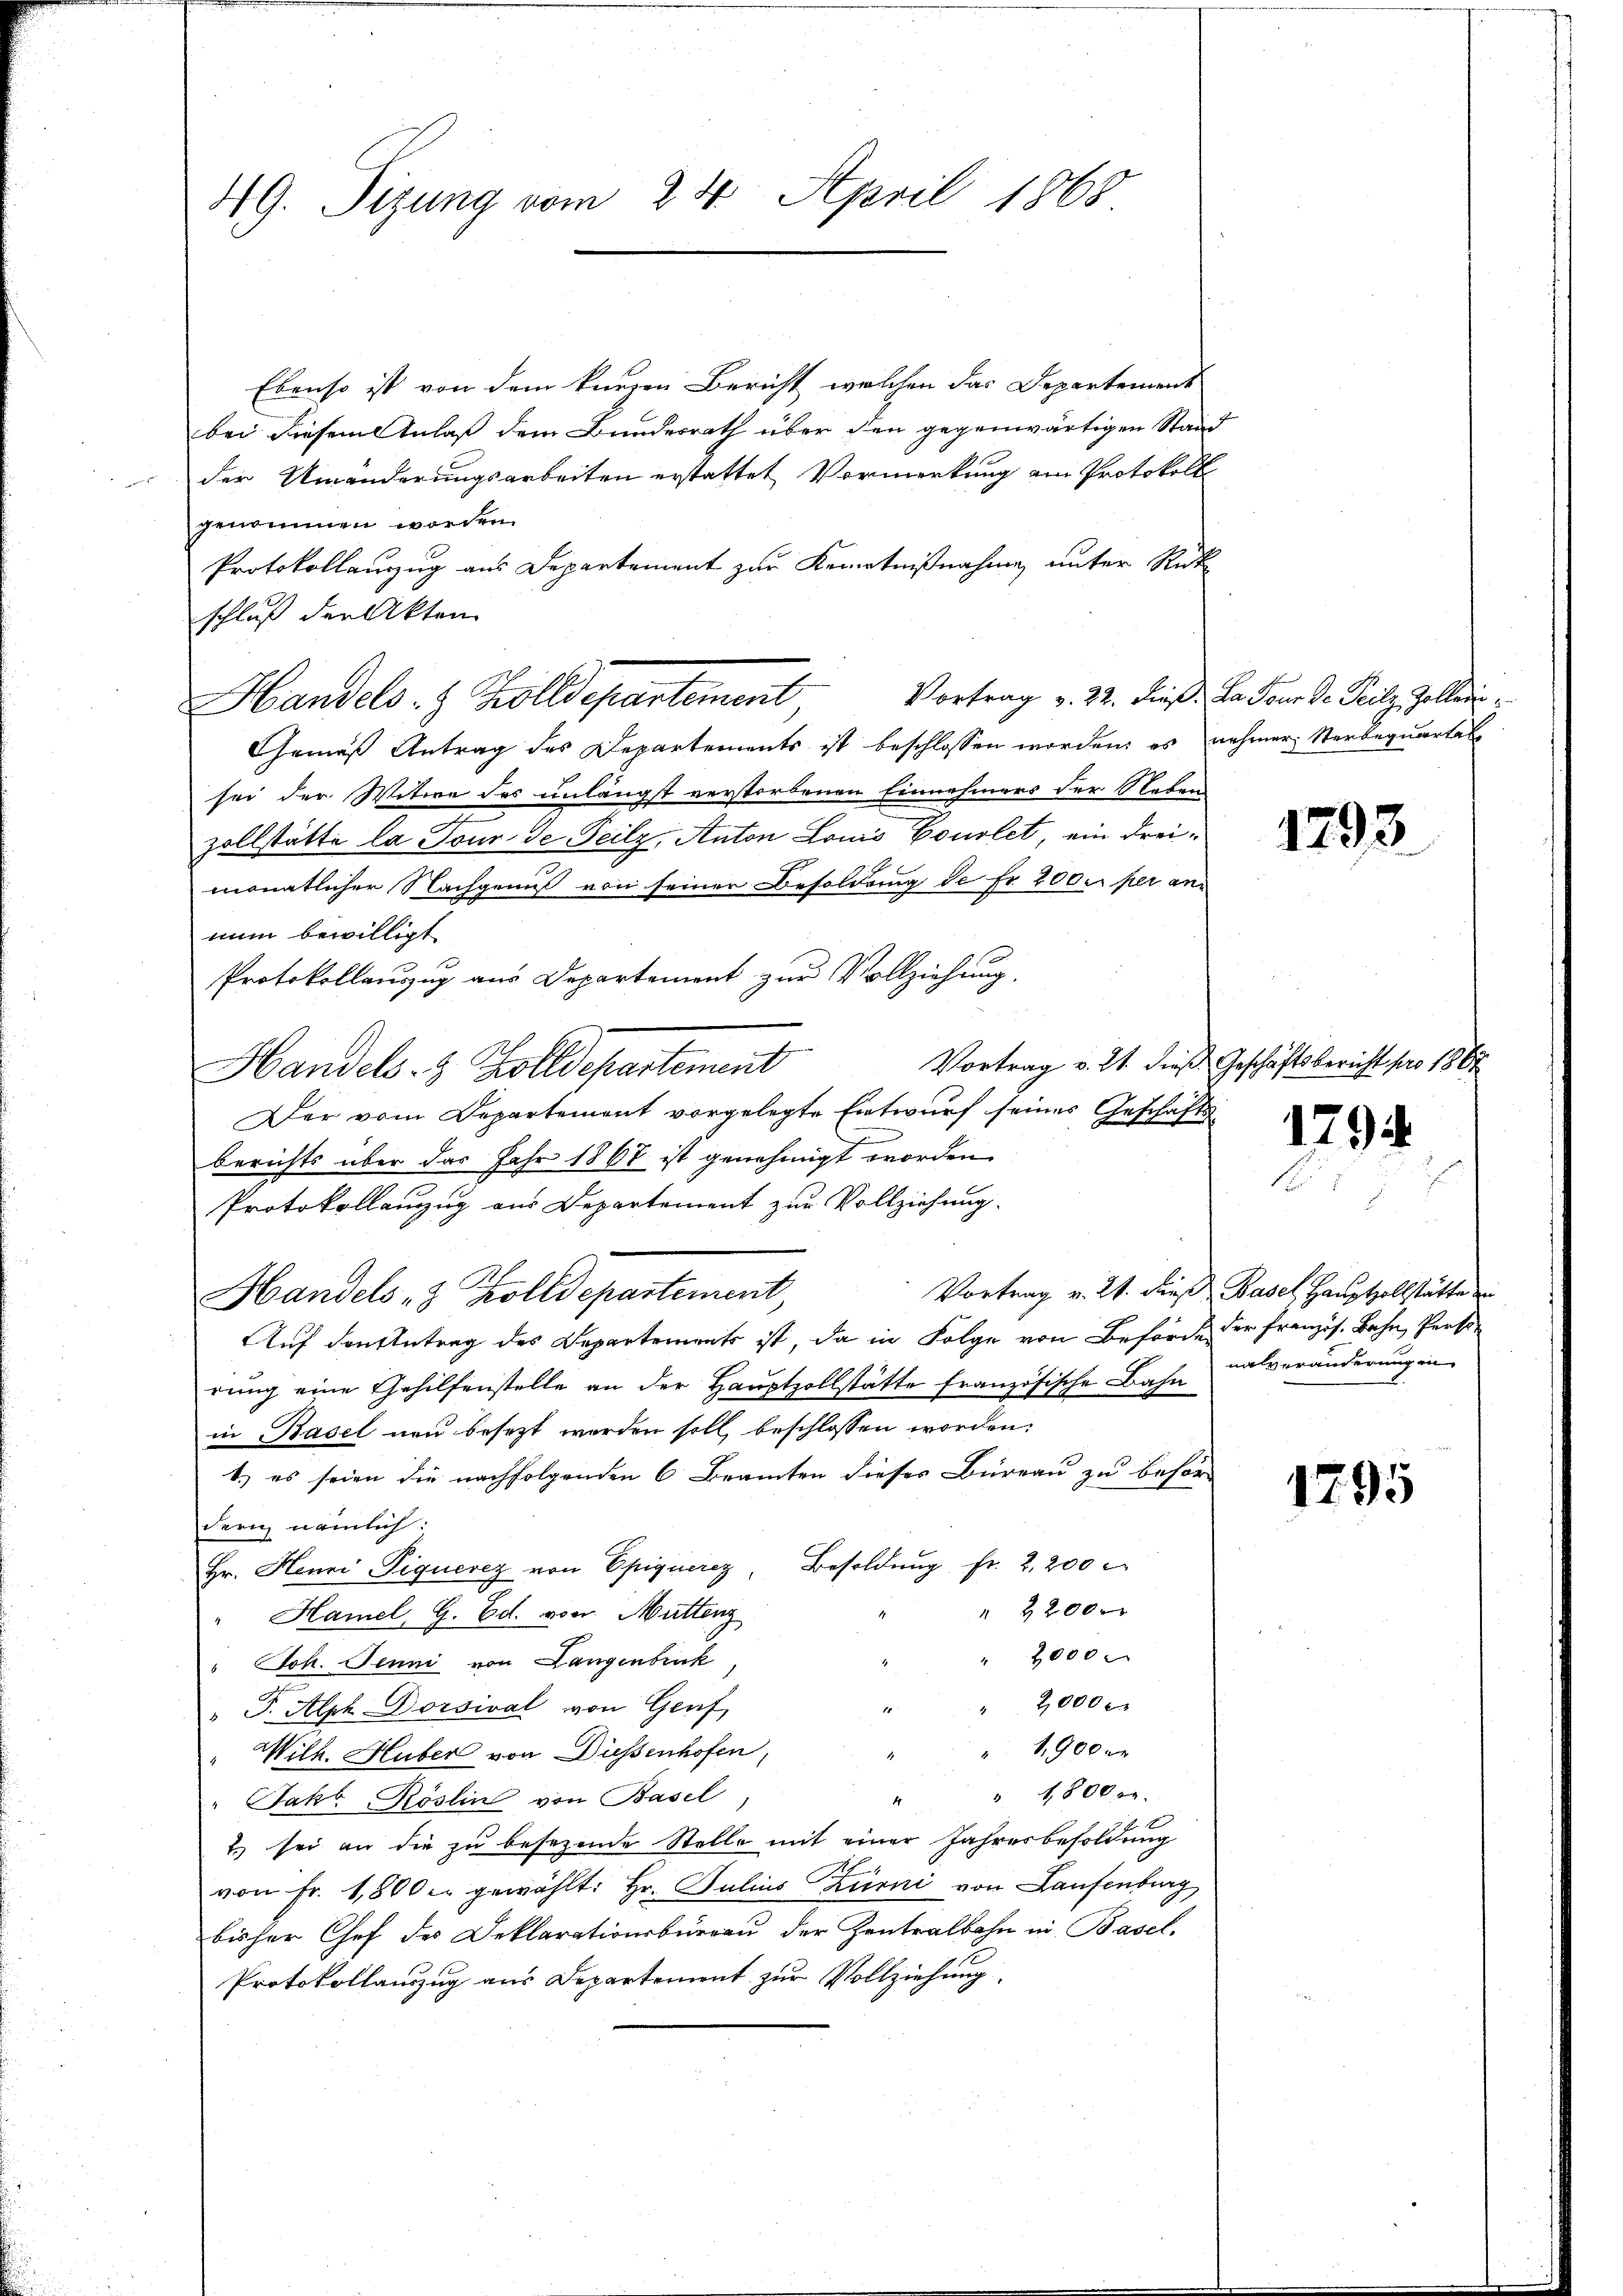
49. Sizung vom 24. April 1868

Ebenso ist von dem kurzen Bericht, welchen das Departement
bei diesem Anlaß dem Bundesrath über den gegenwärtigen Stand
der Umänderungsarbeiten erstattet Vormerkung am Protokoll
genommen worden.
Protokollauszug aus Departement zur Kenntnißnahme unter Rück
schluß der Akten
Handels- & Zolldepartement
Gemäß Antrag des Departements ist beschlossen worden; es nehmer Sterbequartal
sei der Witwe des unlängst verstorbenen Einnehmens der Neben
zollstätte la Tour de Teilz, Anton Louis Couslet, ein dreimonatlicher Nachgenuß von seiner Besoldung de fr 2000 per an
nun bewilligt
Protokollauszug aus Departement zur Vollziehung.
Vortrag v. 21. dieß Geschäftsbericht pro 1867
Handels- & Zolldepartement
Der vom Departement vorgelegte Entwurf seines Geschäftsberichts über das Jahr 1867 ist genehmigt worden.
Protokollanzug aus Departement zur Vollziehung.
Vortrag v. 2. dieß Basel Hauptzollstätte
Handels- & Zolldepartement,
Auf den Antrag des Departements ist, da in Folge von Behörde der Französ. Bahn, Perso
rung eine Gehilfenstelle an der Hauptzollstätte französische Bahn nalveränderung in
in Basel neu besezt werden soll, beschlossen worden:
1.) es seien die nachfolgenden 6 Beamten dieses Büreau zu behör-
derin nämlich:
Hr. Henri Piquerez von Epiquerez, Besoldung fr. 2,200
 2200 x
" Hamel, G. Ed. vor. Muttenz
 20000
" Joh. Jenni von Langenbruck
2,000.
" F. Alph Dorsival von Genf,
190xx
"Wilh. Huber von Diessenhofen,
" 18000.
Jako Röslin von Basel
4
2) sei an die zu besezende Stelle mit einer Jahresbesoldung
von Fr. 1,800 er gewählt: Hr. Julius Zurni von Laufenburg
bisher Chef des Deklarationsbureau der Zentralbahn in Basel,
Protokollauszug aus Departement zur Vollziehung

Vortrag v. 22. dieß. La Tour de Teilz, Zolleri

1793.

1794

1295